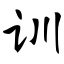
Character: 训